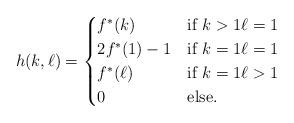
LaTeX: \begin{align*}h(k, \ell) = \begin{cases} f^\ast(k) &\mbox{if } k > 1 \ell = 1 \\ 2f^\ast(1) - 1 &\mbox{if } k = 1 \ell = 1 \\ f^\ast(\ell) &\mbox{if } k = 1 \ell > 1 \\ 0 &\mbox{else.} \end{cases}\end{align*}